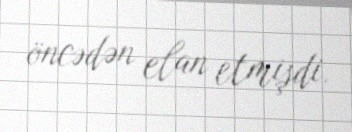
öncədən elan etmişdi.